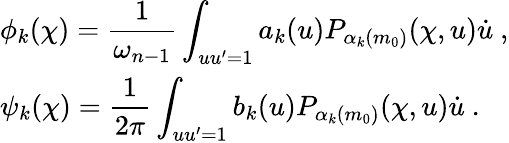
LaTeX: \begin{array}{l}{{\phi_{k}(\chi)=\displaystyle\frac{1}{\omega_{n-1}}\int_{uu^{\prime}=1}a_{k}(u)P_{\alpha_{k}(m_{0})}(\chi,u)\dot{u}~,}}\\ {{\psi_{k}(\chi)=\displaystyle\frac{1}{2\pi}\int_{uu^{\prime}=1}b_{k}(u)P_{\alpha_{k}(m_{0})}(\chi,u)\dot{u}~.}}\end{array}